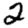
Digit: 2